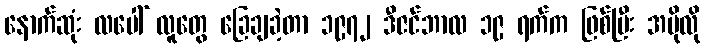
နောက်ဆုံး လပေါ် လူတွေ ခြေချခဲ့တာ ၁၉၇၂ ဒီဇင်ဘာလ ၁၉ ရက်က ဖြစ်ပြီး အပိုလို